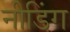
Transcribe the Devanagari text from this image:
नीडिंग